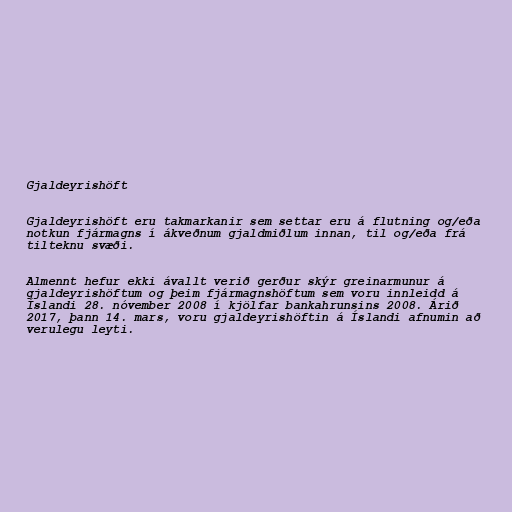
Gjaldeyrishöft

Gjaldeyrishöft eru takmarkanir sem settar eru á flutning og/eða
notkun fjármagns í ákveðnum gjaldmiðlum innan, til og/eða frá
tilteknu svæði.

Almennt hefur ekki ávallt verið gerður skýr greinarmunur á
gjaldeyrishöftum og þeim fjármagnshöftum sem voru innleidd á
Íslandi 28. nóvember 2008 í kjölfar bankahrunsins 2008. Árið
2017, þann 14. mars, voru gjaldeyrishöftin á Íslandi afnumin að
verulegu leyti.